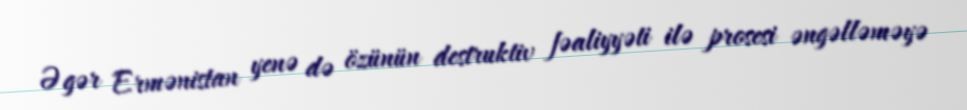
Əgər Ermənistan yenə də özünün destruktiv fəaliyyəti ilə prosesi əngəlləməyə